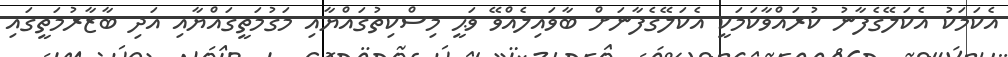
އެކަމަކު އެކަލޭގެފާނު ކުރައްވާކަމަކީ އެކަލޭގެފާނަށް ބާވައިލެއްވޭ ވަޙީ މިސްކިތުގައްޔާއި މަގުމަތީގައްޔާއި އަދި ބާޒާރުމަތީގައި